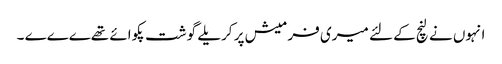
انہوں نے لنچ کے لئے میری فرمیش پر کریلے گوشت پکوائے تھےےےے ۔